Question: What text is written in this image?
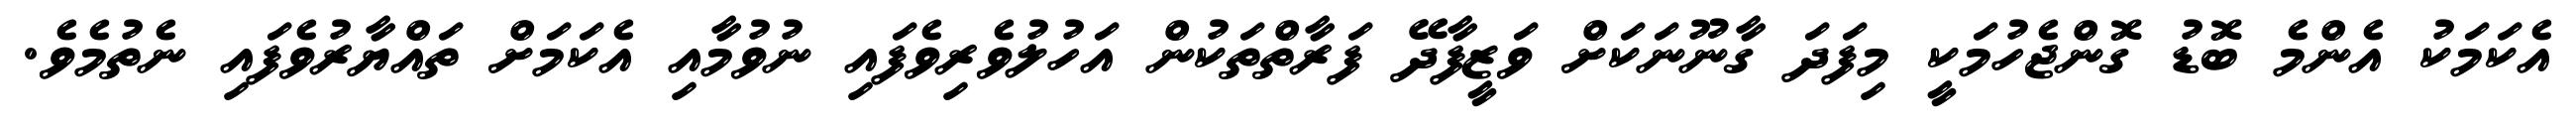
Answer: އެކަމަކު އެންމެ ބޮޑު ގޮންޖެހުމަކީ މިފަދަ ގާނޫނަކަށް ވަޒީފާދޭ ފަރާތްތަކުން އަހުލުވެރިވެފައި ނުވުމާއި އެކަމަށް ތައްޔާރުވެފައި ނެތުމެވެ.